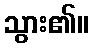
သွား၏။